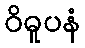
ဝိဓူပနံ